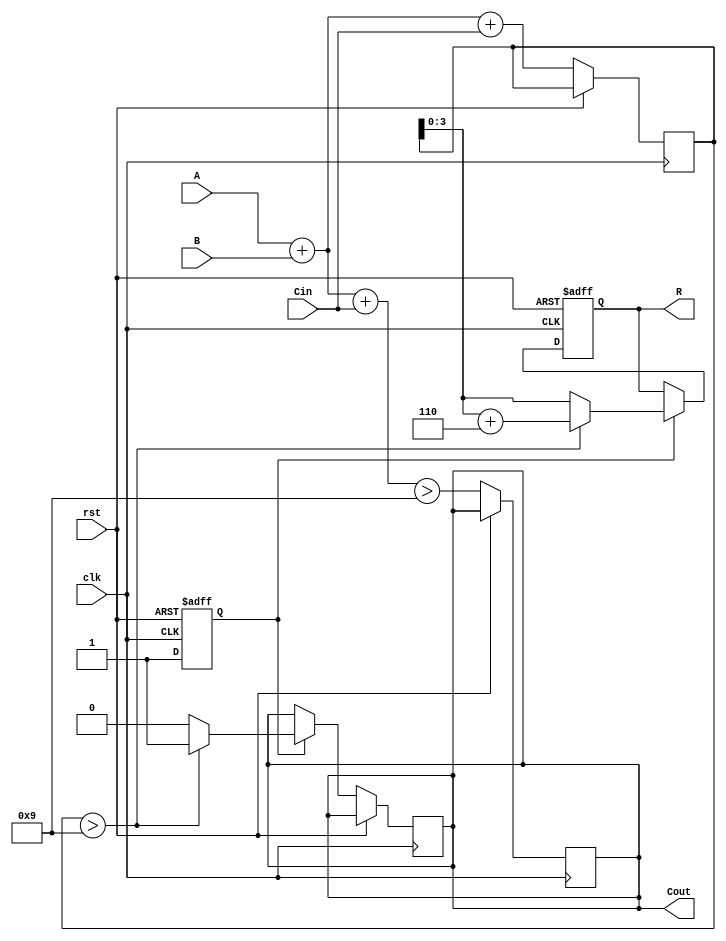
module BCD_Pipelined_Adder (
    input wire clk,
    input wire rst,
    input wire [3:0] A,
    input wire [3:0] B,
    input wire Cin,
    output reg [3:0] R,
    output reg Cout
);

// Intermediate signals
wire [4:0] sum;           // Binary sum output
wire [4:0] corrected_sum; // BCD corrected sum
reg [4:0] stage1_sum;     // Storage for the sum in stage 1
reg stage1_Cout;          // Carry out from stage 1
reg stage2_valid;         // Signal to indicate validity in stage 2
reg [3:0] stage2_A;       // Store A for stage 2
reg [3:0] stage2_B;       // Store B for stage 2
reg stage2_Cin;           // Store Cin for stage 2

// Stage 1: Input stage
always @(posedge clk or posedge rst) begin
    if (rst) begin
        stage2_valid <= 1'b0;
    end else begin
        stage2_A <= A;
        stage2_B <= B;
        stage2_Cin <= Cin;
        stage1_sum <= A + B + Cin; // Compute sum
        stage1_Cout <= (A + B + Cin) > 9; // Determine if carry out
        stage2_valid <= 1'b1; // Mark stage 2 as valid
    end
end

// Stage 2: Correction stage
assign sum = stage1_sum;
assign Cout = stage1_Cout;

always @(posedge clk or posedge rst) begin
    if (rst) begin
        R <= 4'b0000;
    end else if (stage2_valid) begin
        // Check if the sum exceeds 9 (1001 in binary)
        if (sum > 9) begin
            R <= sum + 5'b0110; // Correct the BCD
        end else begin
            R <= sum[3:0]; // No correction needed
        end
        // Update Cout if necessary
        Cout <= (sum > 9) ? 1 : 0;
    end
end

endmodule